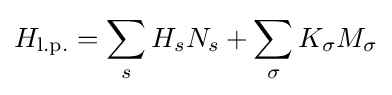
H_{\text{l.p.}}=\sum _{s}H_{s}N_{s}+\sum _{\sigma }K_{\sigma }M_{\sigma }